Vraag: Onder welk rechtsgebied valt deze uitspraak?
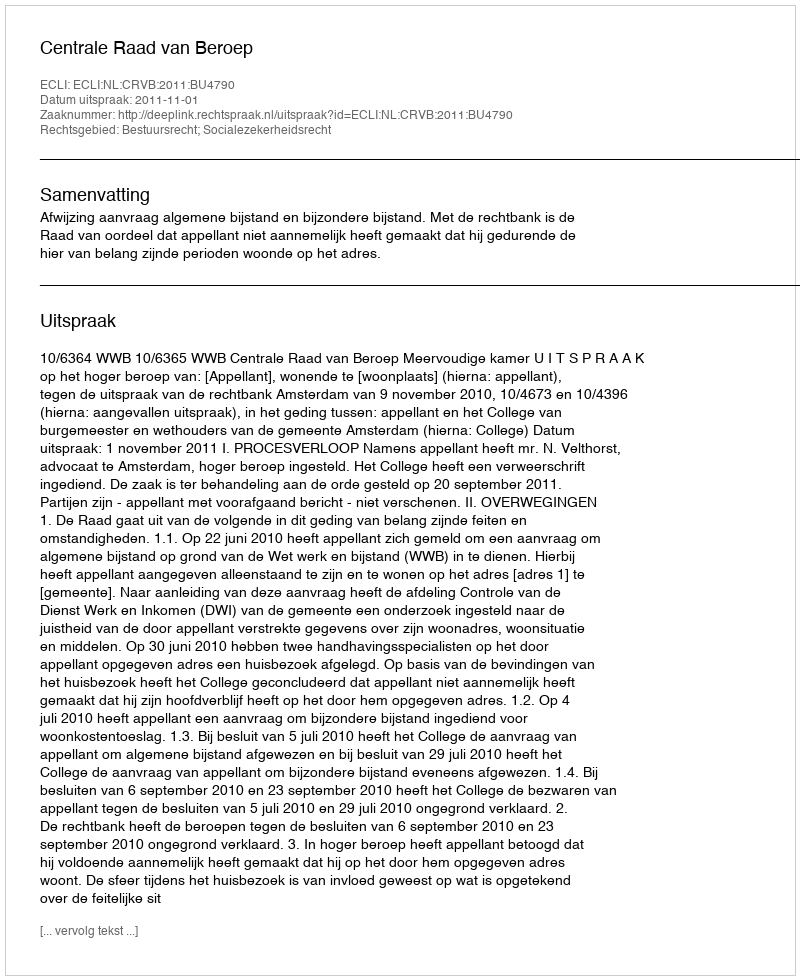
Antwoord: Bestuursrecht; Socialezekerheidsrecht